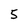
Character: 5